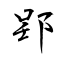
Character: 郢